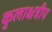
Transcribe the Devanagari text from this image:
कुलाक्षत्रीय